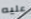
عليه